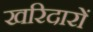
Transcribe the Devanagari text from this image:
खरिदारों